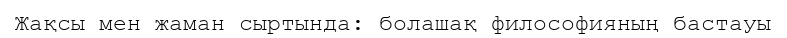
Жақсы мен жаман сыртында: болашақ философияның бастауы